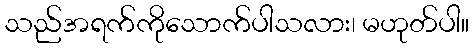
သည်အရက်ကိုသောက်ပါသလား၊ မဟုတ်ပါ။